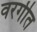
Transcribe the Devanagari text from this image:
वरगीत